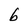
Character: b